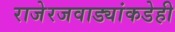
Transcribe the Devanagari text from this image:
राजेरजवाड्यांकडेही